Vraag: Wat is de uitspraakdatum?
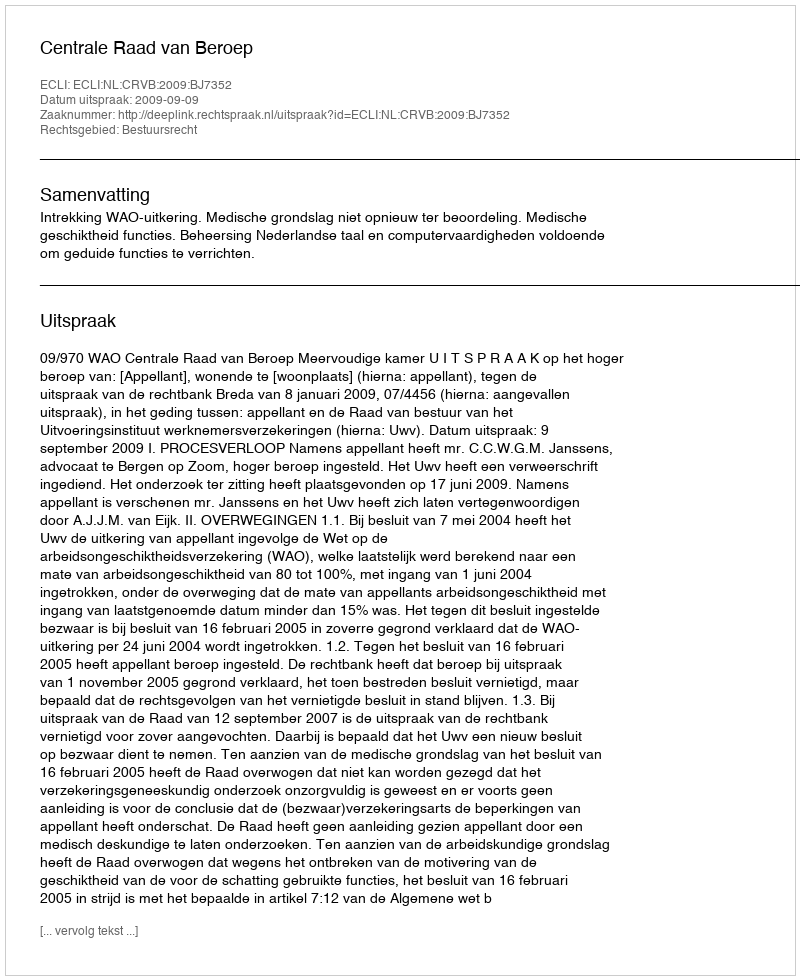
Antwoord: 2009-09-09